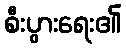
စီးပွားရေး၏